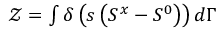
\begin{array} { r } { \mathcal { Z } = \int \delta \left( s \left( S ^ { x } - S ^ { 0 } \right) \right) d \Gamma } \end{array}